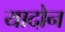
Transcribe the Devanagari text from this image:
यादोन